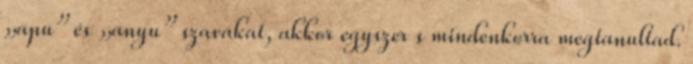
„apu” és „anyu” szavakat, akkor egyszer s mindenkorra megtanultad.